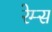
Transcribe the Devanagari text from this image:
रेम्स